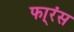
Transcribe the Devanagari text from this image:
फा्रंस